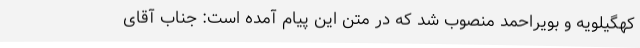
کهگیلویه و بویراحمد منصوب شد که در متن این پیام آمده است: جناب آقای